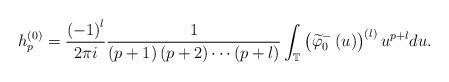
\begin{align*}h_{p}^{\left( 0\right) }=\frac{\left( -1\right) ^{l}}{2\pi i}\frac{1}{\left( p+1\right) \left( p+2\right) \cdots\left( p+l\right) }\int_{\mathbb{T}}\left( \widetilde{\varphi}_{0}^{-}\left( u\right) \right)^{\left( l\right) }u^{p+l}du.\end{align*}